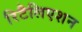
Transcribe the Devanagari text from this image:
रिटैलिएशन